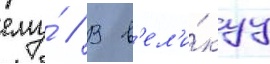
ему́ // В в'ел'и́куу